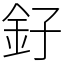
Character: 釨